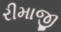
રીમાજી